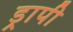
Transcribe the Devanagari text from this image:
ड्रापी